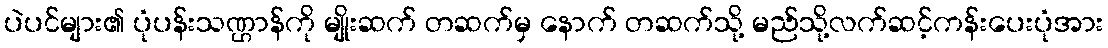
ပဲပင်များ၏ ပုံပန်းသဏ္ဌာန်ကို မျိုးဆက် တဆက်မှ နောက် တဆက်သို့ မည်သို့လက်ဆင့်ကန်းပေးပုံအား